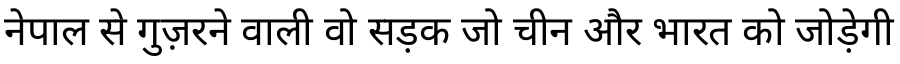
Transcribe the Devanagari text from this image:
नेपाल से गुज़रने वाली वो सड़क जो चीन और भारत को जोड़ेगी